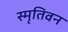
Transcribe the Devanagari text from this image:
स्मृतिवन